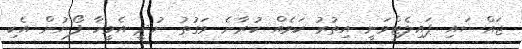
ޖައްސައި ޕައިލެޓްވަނީ އިތުރު ކަމެއް ކުރާނެ ވަގުތު ނުދީ އެމީހާ ފޯނުން އެކި